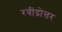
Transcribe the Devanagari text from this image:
रवींद्रोत्तर